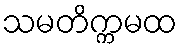
သမတိက္ကမထ